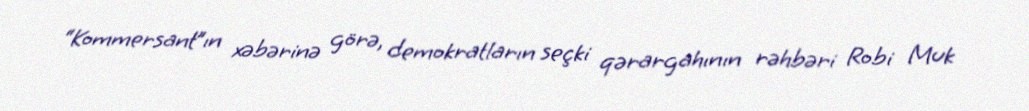
“Kommersant”ın xəbərinə görə, demokratların seçki qərargahının rəhbəri Robi Muk